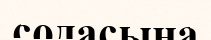
содасына